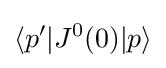
\langle p'|J^{0}(0)|p\rangle